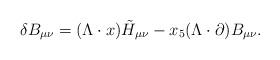
LaTeX: \begin{align*}\delta B_{\mu\nu} = (\Lambda \cdot x) \tilde{H}_{\mu\nu} - x_5 (\Lambda \cdot\partial) B_{\mu\nu}.\end{align*}